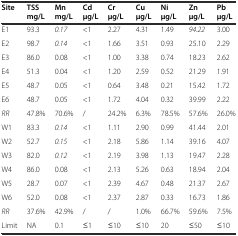
<table><thead><tr><td><b>Site</b></td><td><b>TSS mg/L</b></td><td><b>Mn mg/L</b></td><td><b>Cd μg/L</b></td><td><b>Cr μg/L</b></td><td><b>Cu μg/L</b></td><td><b>Ni μg/L</b></td><td><b>Zn μg/L</b></td><td><b>Pb μg/L</b></td></tr></thead><tbody><tr><td>E1</td><td>93.3</td><td><i>0.17</i></td><td>&lt;1</td><td>2.27</td><td>4.31</td><td>1.49</td><td><i>94.22</i></td><td>3.00</td></tr><tr><td>E2</td><td>98.7</td><td><i>0.14</i></td><td>&lt;1</td><td>1.66</td><td>3.51</td><td>0.93</td><td>25.10</td><td>2.29</td></tr><tr><td>E3</td><td>86.0</td><td>0.08</td><td>&lt;1</td><td>1.00</td><td>3.38</td><td>0.74</td><td>18.23</td><td>2.62</td></tr><tr><td>E4</td><td>51.3</td><td>0.04</td><td>&lt;1</td><td>1.20</td><td>2.59</td><td>0.52</td><td>21.29</td><td>1.91</td></tr><tr><td>E5</td><td>48.7</td><td>0.05</td><td>&lt;1</td><td>0.64</td><td>3.48</td><td>0.21</td><td>15.42</td><td>1.72</td></tr><tr><td>E6</td><td>48.7</td><td>0.05</td><td>&lt;1</td><td>1.72</td><td>4.04</td><td>0.32</td><td>39.99</td><td>2.22</td></tr><tr><td><i>RR</i></td><td>47.8%</td><td>70.6%</td><td>/</td><td>24.2%</td><td>6.3%</td><td>78.5%</td><td>57.6%</td><td>26.0%</td></tr><tr><td>W1</td><td>83.3</td><td><i>0.14</i></td><td>&lt;1</td><td>1.11</td><td>2.90</td><td>0.99</td><td>41.44</td><td>2.01</td></tr><tr><td>W2</td><td>52.7</td><td><i>0.15</i></td><td>&lt;1</td><td>2.18</td><td>5.86</td><td>1.14</td><td>39.16</td><td>4.07</td></tr><tr><td>W3</td><td>82.0</td><td><i>0.12</i></td><td>&lt;1</td><td>2.19</td><td>3.98</td><td>1.13</td><td>19.47</td><td>2.28</td></tr><tr><td>W4</td><td>86.0</td><td>0.08</td><td>&lt;1</td><td>2.13</td><td>5.26</td><td>0.63</td><td>18.94</td><td>2.04</td></tr><tr><td>W5</td><td>28.7</td><td>0.07</td><td>&lt;1</td><td>2.39</td><td>4.67</td><td>0.48</td><td>21.37</td><td>2.67</td></tr><tr><td>W6</td><td>52.0</td><td>0.08</td><td>&lt;1</td><td>2.37</td><td>2.87</td><td>0.33</td><td>16.73</td><td>1.86</td></tr><tr><td><i>RR</i></td><td>37.6%</td><td>42.9%</td><td>/</td><td>/</td><td>1.0%</td><td>66.7%</td><td>59.6%</td><td>7.5%</td></tr><tr><td>Limit</td><td>NA</td><td>0.1</td><td>≤1</td><td>≤10</td><td>≤10</td><td>20</td><td>≤50</td><td>≤10</td></tr></tbody></table>